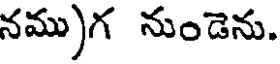
నము)గ నుండెను.